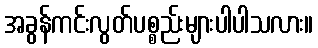
အခွန်ကင်းလွတ်ပစ္စည်းများပါပါသလား။